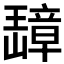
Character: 𬎗